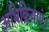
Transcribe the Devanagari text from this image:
अभिक्रियाएं।